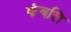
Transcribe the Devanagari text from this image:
कंबलि